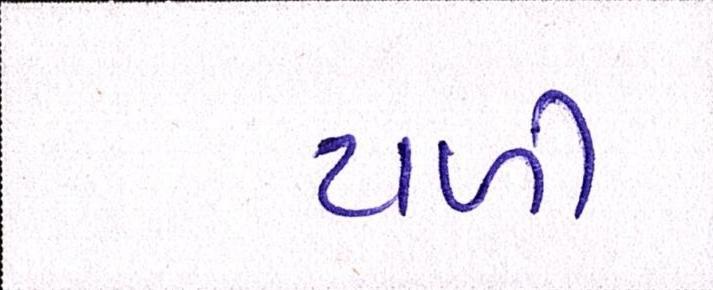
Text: ટાળી